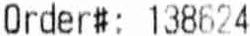
ORDER#: 138624